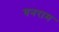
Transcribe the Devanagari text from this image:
घनराम